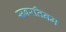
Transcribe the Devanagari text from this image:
सबरतिनम